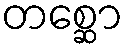
တစ္ဆော